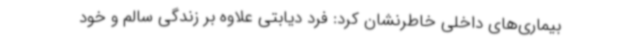
بیماری‌های داخلی خاطرنشان کرد: فرد دیابتی علاوه بر زندگی سالم و خود